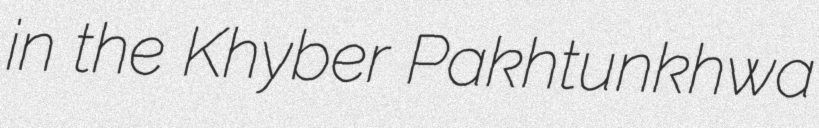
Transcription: in the Khyber Pakhtunkhwa